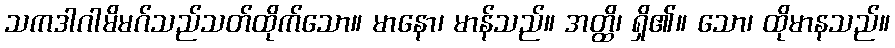
သကဒါဂါမိမဂ်သည်သတ်ထိုက်သော။ မာနော၊ မာန်သည်။ အတ္ထိ၊ ရှိ၏။ သော၊ ထိုမာနသည်။